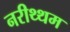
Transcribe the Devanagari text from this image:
नरीथ्थम